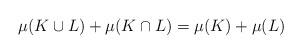
LaTeX: \begin{align*}\mu (K \cup L) + \mu (K \cap L) = \mu (K) + \mu (L)\end{align*}